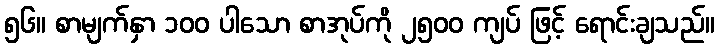
၅၆။ စာမျက်နှာ ၁၀၀ ပါသော စာအုပ်ကို ၂၅၀၀ ကျပ် ဖြင့် ရောင်းချသည်။